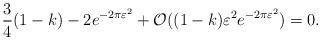
LaTeX: \begin{align*}\frac{3}{4} (1-k) - 2 e^{-2\pi \varepsilon^2} + \mathcal{O}((1-k) \varepsilon^2 e^{-2 \pi \varepsilon^2}) = 0.\end{align*}